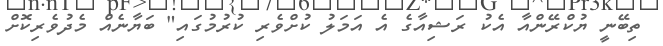
ތިބޭނީ ޔުކްރޭންއާ އެކު ރަޝިއާގެ އެ އަމަލު ކުށްވެރި ކުރުމުގައި" ބަޔާނެއް މެދުވެރިކޮށް